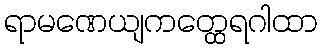
ရာမဏေယျကတ္ထေရဂါထာ